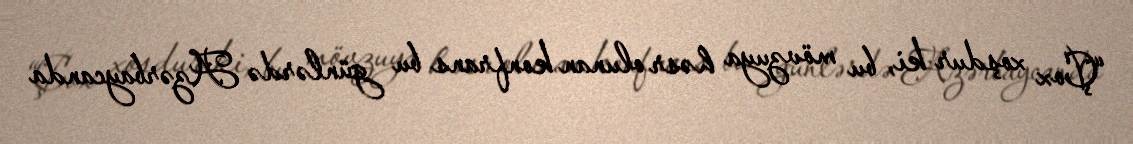
“Çox xoşdur ki, bu mövzuya həsr olunan konfrans bu günlərdə Azərbaycanda